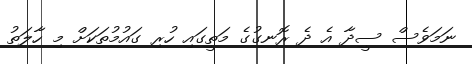
ނަމަވެސް ސީދާ އެ ދެ ރޮނގުގެ މަތީގައި ހުރި ގައުމުތަކަށް މި ހާލަތު